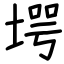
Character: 堮